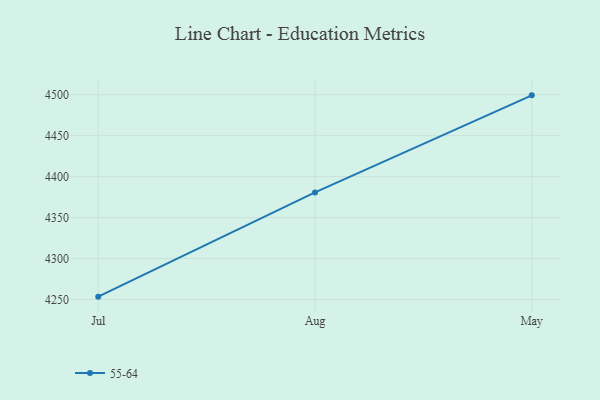
{"axis": {"x": "Month", "y": "Churn Rate (%)"}, "legend": ["55-64"], "data": [{"x": "Jul", "y": 4253.5, "type": "55-64"}, {"x": "Aug", "y": 4380.8, "type": "55-64"}, {"x": "May", "y": 4499.3, "type": "55-64"}]}